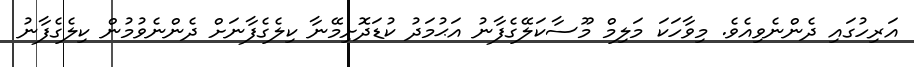
އަރިހުގައި ދެންނެވިއެވެ. މިވާހަކަ މަލިމް މޫސާކަލޭގެފާނު އަޙުމަދު ކުޑަދޮށިމޭނާ ކިލެގެފާނަށް ދެންނެވުމުން ކިލެގެފާނު